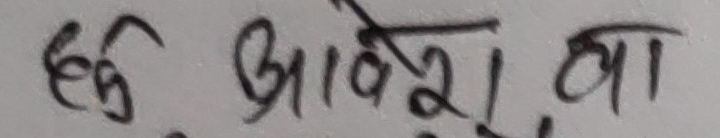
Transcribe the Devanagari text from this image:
हङ आदेश था